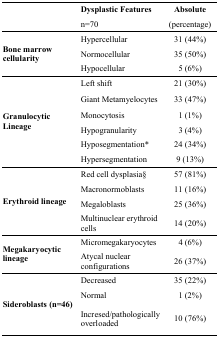
<table><thead><tr><td></td><td><b>Dysplastic Features n=70</b></td><td><b>Absolute (percentage)</b></td></tr></thead><tbody><tr><td rowspan="3"><b>Bone marrow cellularity</b></td><td>Hypercellular</td><td>31 (44%)</td></tr><tr><td>Normocellular</td><td>35 (50%)</td></tr><tr><td>Hypocellular</td><td>5 (6%)</td></tr><tr><td rowspan="6"><b>Granulocytic Lineage</b></td><td>Left shift</td><td>21 (30%)</td></tr><tr><td>Giant Metamyelocytes</td><td>33 (47%)</td></tr><tr><td>Monocytosis</td><td>1 (1%)</td></tr><tr><td>Hypogranularity</td><td>3 (4%)</td></tr><tr><td>Hyposegmentation*</td><td>24 (34%)</td></tr><tr><td>Hypersegmentation</td><td>9 (13%)</td></tr><tr><td rowspan="4"><b>Erythroid lineage</b></td><td>Red cell dysplasia§</td><td>57 (81%)</td></tr><tr><td>Macronormoblasts</td><td>11 (16%)</td></tr><tr><td>Megaloblasts</td><td>25 (36%)</td></tr><tr><td>Multinuclear erythroid cells</td><td>14 (20%)</td></tr><tr><td rowspan="2"><b>Megakaryocytic lineage</b></td><td>Micromegakaryocytes</td><td>4 (6%)</td></tr><tr><td>Atycal nuclear configurations</td><td>26 (37%)</td></tr><tr><td rowspan="3"><b>Sideroblasts (n=46)</b></td><td>Decreased</td><td>35 (22%)</td></tr><tr><td>Normal</td><td>1 (2%)</td></tr><tr><td>Incresed/pathologically overloaded</td><td>10 (76%)</td></tr></tbody></table>